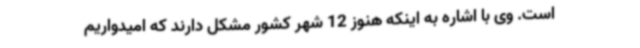
است. وی با اشاره به اینکه هنوز 12 شهر کشور مشکل دارند که امیدواریم